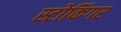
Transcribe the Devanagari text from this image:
स्टोकिंगर